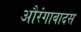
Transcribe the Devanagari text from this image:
औरंगाबादस